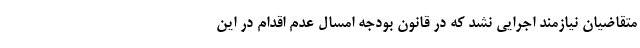
متقاضیان نیازمند اجرایی نشد که در قانون بودجه امسال عدم اقدام در این